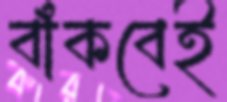
বাঁকবেই